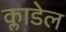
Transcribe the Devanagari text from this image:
क्लाडेल